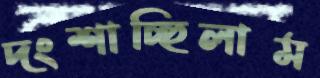
দংশাচ্ছিলাম